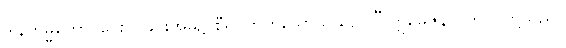
ဒါနကမ္မိကော၊ ပေးလှူခြင်းအမှု၌ စီရင်တတ်သောသူသည်။” ဣမေဇနာ၊ ဤလူတို့သည်။